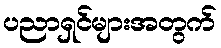
ပညာရှင်များအတွက်